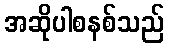
အဆိုပါစနစ်သည်